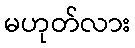
မဟုတ်လား